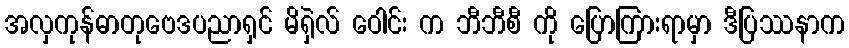
အလှကုန်ဓာတုဗေဒပညာရှင် မိရှဲလ် ဝေါင်း က ဘီဘီစီ ကို ပြောကြားရာမှာ ဒီပြဿနာက